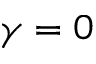
\gamma = 0